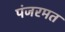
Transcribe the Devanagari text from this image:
पंजरमत